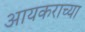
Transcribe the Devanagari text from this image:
आयकराच्या